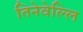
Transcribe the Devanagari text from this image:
तिनेवेल्लि